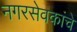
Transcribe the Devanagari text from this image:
नगरसेवकांचे